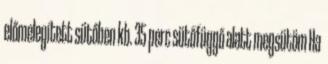
előmelegített sütőben kb. 35 perc sütőfüggő alatt megsütöm Ha